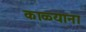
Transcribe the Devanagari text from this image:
काळ्याना